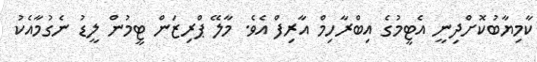
ކާމިޔާބުކޮށްދިނީ އެޓީމުގެ އިބްރާހިމް އާރިފް އެވެ. މާލޭ ޕްރިޒަން ޓީމުން ލީޑު ނެގުމާއެކު